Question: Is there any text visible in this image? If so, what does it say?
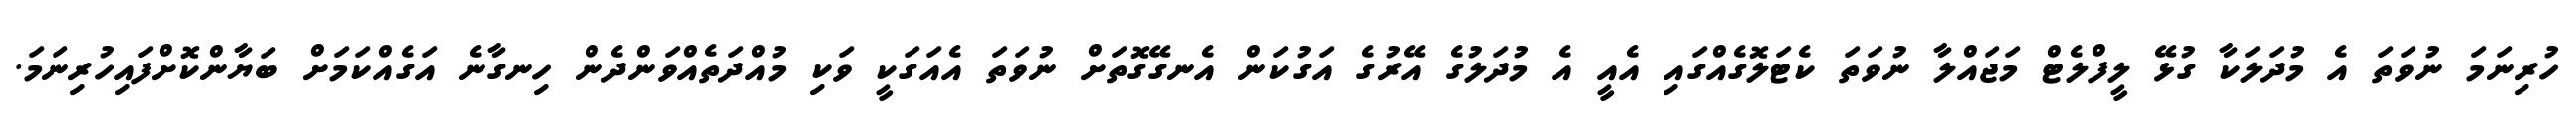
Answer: ހުރިނަމަ ނުވަތަ އެ މުދަލަކާ ގުޅޭ ލީފްލެޓް މަޖައްލާ ނުވަތަ ކެޓަލޮގެއްގައި އެއީ އެ މުދަލުގެ އޭރުގެ އަގުކަން އެނގޭގޮތަށް ނުވަތަ އެއަގަކީ ވަކި މުއްދަތެއްވަންދެން ހިނގާނެ އަގެއްކަމަށް ބަޔާންކޮށްފައިހުރިނަމަ.